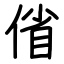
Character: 偗